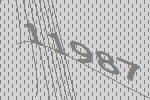
11987